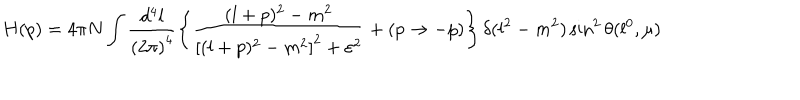
H ( p ) = 4 \pi N \int \frac { d ^ { 4 } l } { { ( 2 \pi ) } ^ { 4 } } \left\{ \frac { ( l + p ) ^ { 2 } - m ^ { 2 } } { { [ ( l + p ) ^ { 2 } - m ^ { 2 } ] } ^ { 2 } + \varepsilon ^ { 2 } } + ( p \to - p ) \right\} \delta ( l ^ { 2 } - m ^ { 2 } ) \sin ^ { 2 } \theta ( l ^ { 0 } , \mu )